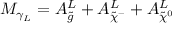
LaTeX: M _ { \gamma _ { L } } = A _ { \tilde { g } } ^ { L } + A _ { \tilde { \chi } ^ { - } } ^ { L } + A _ { \tilde { \chi } ^ { 0 } } ^ { L }